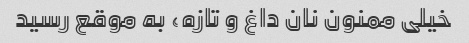
خیلی ممنون نان داغ و تازه، به موقع رسید